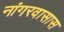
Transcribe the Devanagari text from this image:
नांगरवासास